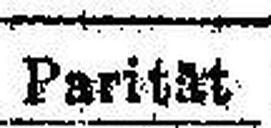
Parität